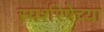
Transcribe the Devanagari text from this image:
स्पर्शरेषेच्या